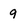
Character: 9